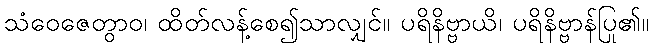
သံဝေဇေတွာဝ၊ ထိတ်လန့်စေ၍သာလျှင်။ ပရိနိဗ္ဗာယိ၊ ပရိနိဗ္ဗာန်ပြု၏။